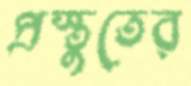
প্রস্তুতের